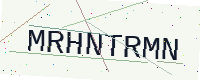
Text: MRHNTRMN